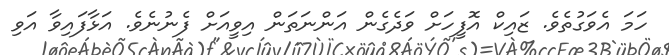
ހަމަ އެވަގުތެވެ. ޒައިކް އޮފީހަށް ވަދެގެން އަންނަތަން އިވީއަށް ފެނުނެވެ. އަޅާފައިވާ އަވި